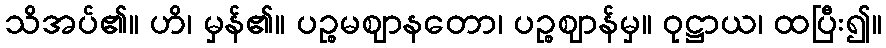
သိအပ်၏။ ဟိ၊ မှန်၏။ ပဉ္စမဈာနတော၊ ပဉ္စဈာန်မှ။ ဝုဋ္ဌာယ၊ ထပြီး၍။